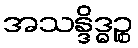
အသန္ဒိဒ္ဓဉ္စ